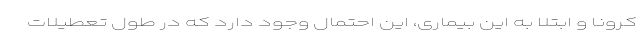
کرونا و ابتلا به این بیماری، این احتمال وجود دارد که در طول تعطیلات